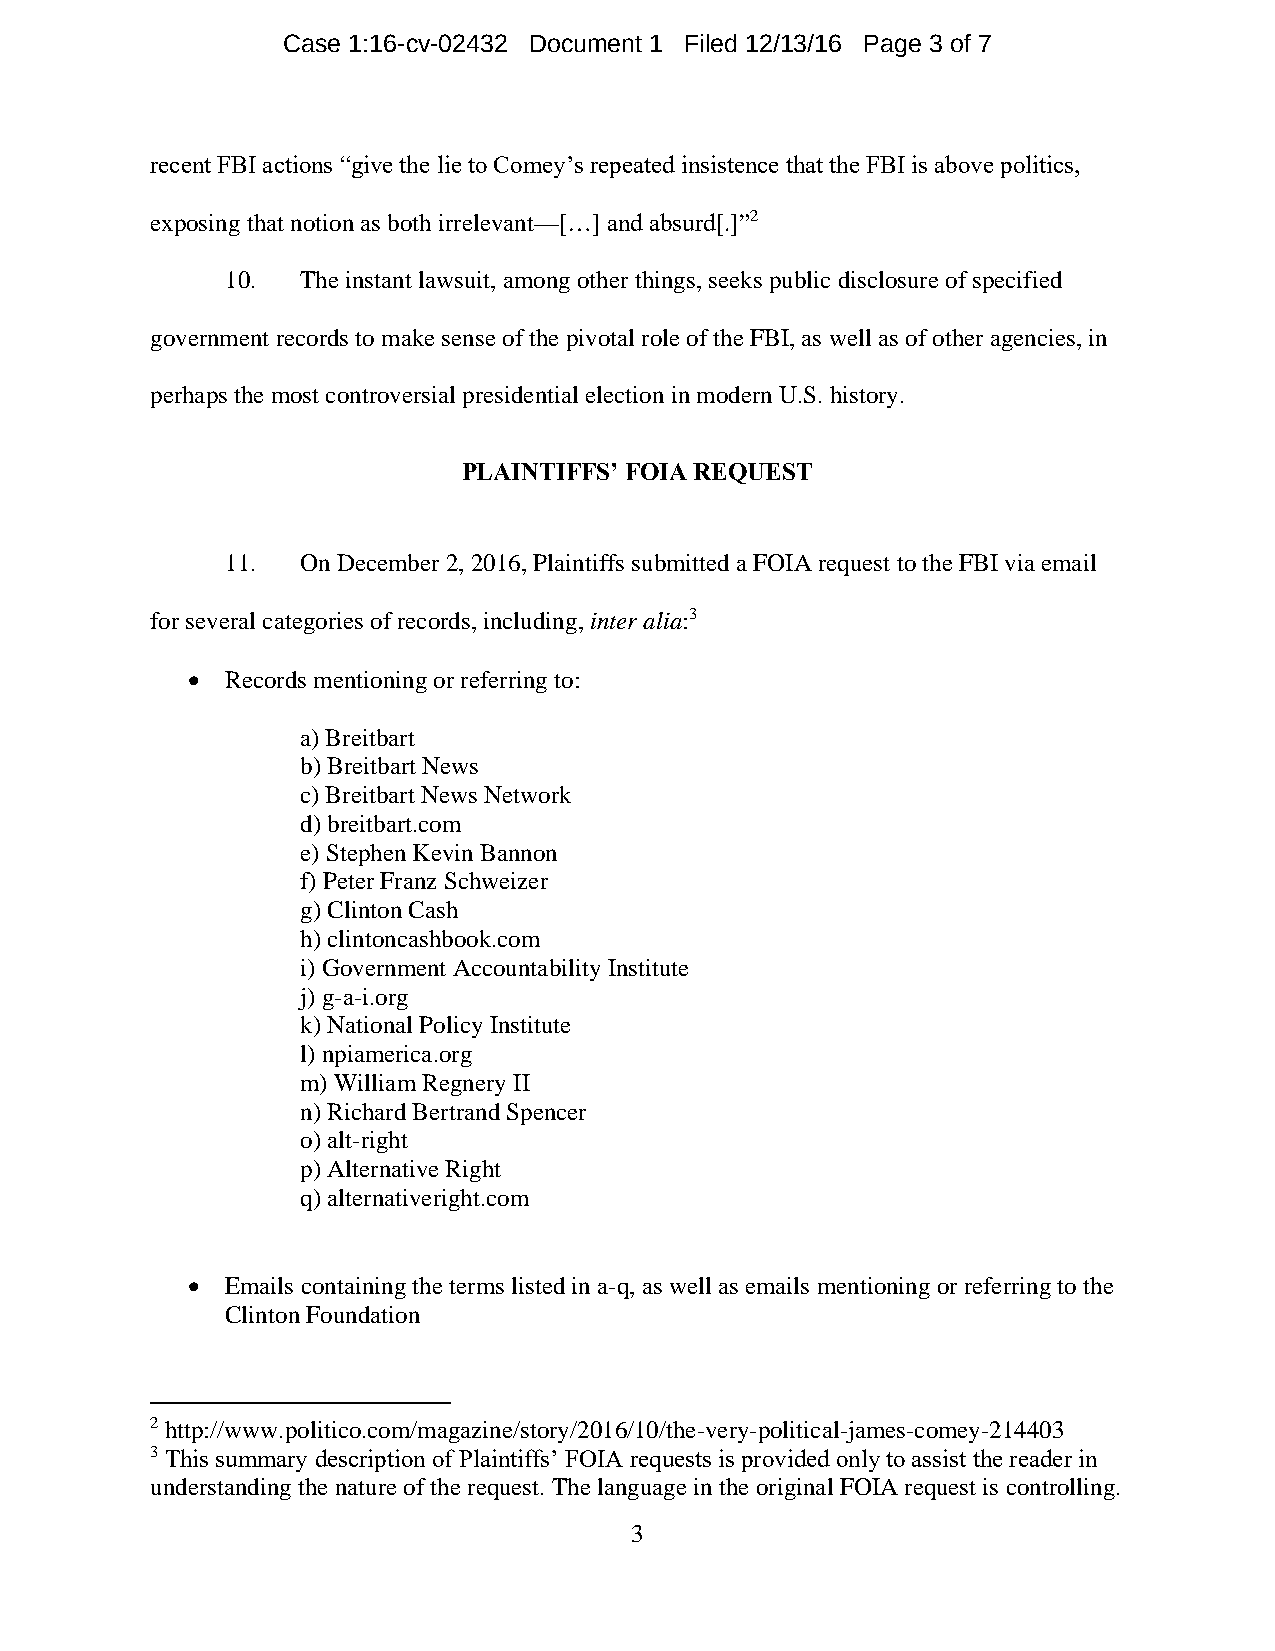
Case 1:16-cv-02432 Document 1 Filed 12/13/16 Page 3 of 7
 recent FBI actions “give the lie to Comey’s repeated insistence that the FBI is above politics,
 exposing that notion as both irrelevant—[…] and absurd[.]”2
 10.  The instant lawsuit, among other things, seeks public disclosure of specified
 government records to make sense of the pivotal role of the FBI, as well as of other agencies, in
 perhaps the most controversial presidential election in modern U.S. history.
 PLAINTIFFS’ FOIA REQUEST
 11.  On December 2, 2016, Plaintiffs submitted a FOIA request to the FBI via email
 for several categories of records, including, inter alia:3
   Records mentioning or referring to:
 a) Breitbart
 b) Breitbart News
 c) Breitbart News Network
 d) breitbart.com
 e) Stephen Kevin Bannon
 f) Peter Franz Schweizer
 g) Clinton Cash
 h) clintoncashbook.com
 i) Government Accountability Institute
 j) g-a-i.org
 k) National Policy Institute
 l) npiamerica.org
 m) William Regnery II
 n) Richard Bertrand Spencer
 o) alt-right
 p) Alternative Right
 q) alternativeright.com
   Emails containing the terms listed in a-q, as well as emails mentioning or referring to the
 Clinton Foundation
 2 http://www.politico.com/magazine/story/2016/10/the-very-political-james-comey-214403
 3 This summary description of Plaintiffs’ FOIA requests is provided only to assist the reader in
 understanding the nature of the request. The language in the original FOIA request is controlling.
 3